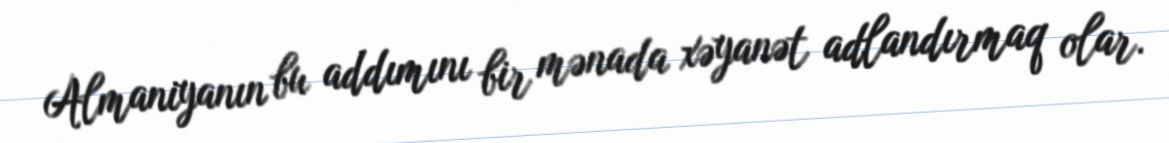
Almaniyanın bu addımını bir mənada xəyanət adlandırmaq olar.